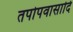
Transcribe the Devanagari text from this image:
तपोपवासादि